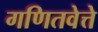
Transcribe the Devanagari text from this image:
गणितवेत्ते